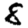
Digit: 8